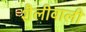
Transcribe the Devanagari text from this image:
शैलीवाली